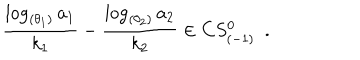
{ \frac { \log _ { ( \theta _ { 1 } ) } a _ { 1 } } { k _ { 1 } } } - { \frac { \log _ { ( \theta _ { 2 } ) } a _ { 2 } } { k _ { 2 } } } \in C S _ { ( - 1 ) } ^ { 0 } \, \, \, .